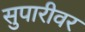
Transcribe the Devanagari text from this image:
सुपारीवर